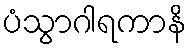
ပံသွာဂါရကာနိ